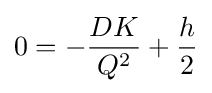
{0}=-{\frac {DK}{Q^{2}}}+{\frac {h}{2}}